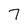
Character: 7